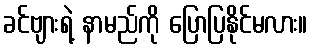
ခင်ဗျားရဲ့ နာမည်ကို ပြောပြနိုင်မလား။